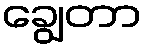
ချွေတာ